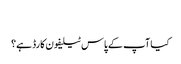
‬
‫کیا آپ کے پاس ٹیلیفون کارڈ ہے؟